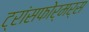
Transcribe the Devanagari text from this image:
ट्रांसफोर्मर्स